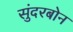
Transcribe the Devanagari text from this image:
सुंदरबोन